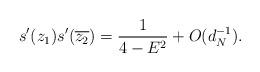
LaTeX: \begin{align*}s'(z_{1})s'(\overline{z_{2}}) = \frac{1}{4-E^{2}}+O(d_{N}^{-1}).\end{align*}